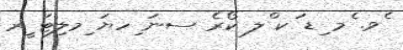
ެވ. ެމ ިޑ ަކ ްލ ކޯރެ ސނަ ިހޔަ ިމލިޓަ ީރ